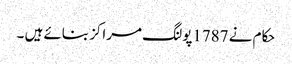
حکام نے 1787پولنگ مراکز بنائے ہیں ۔